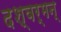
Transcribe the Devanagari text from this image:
दश्वर्मन्‌